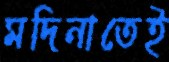
মদিনাতেই